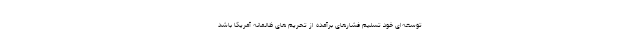
توسعه‌ای خود تسلیم فشارهای برآمده از تحریم های ظالمانه آمریکا باشد